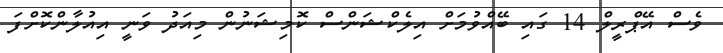
ވެސް އޭޕްރީލް 14 ގައި ބޭއްވުމަށް އިލެކްޝަންސް ކޮމިޝަނުން މިއަދު ވަނީ އިއުލާންކޮށްފަ